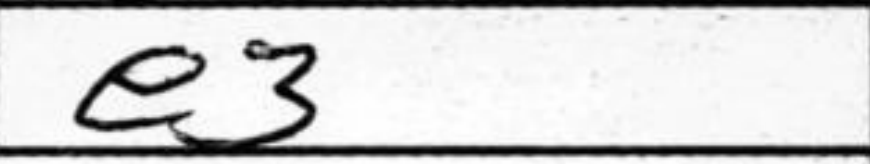
Transcription: e3